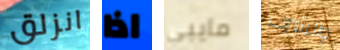
انزلق اذا مايبي والشرب